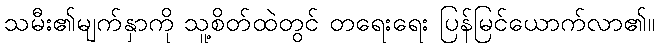
သမီး၏မျက်နှာကို သူ့စိတ်ထဲတွင် တရေးရေး ပြန်မြင်ယောက်လာ၏။